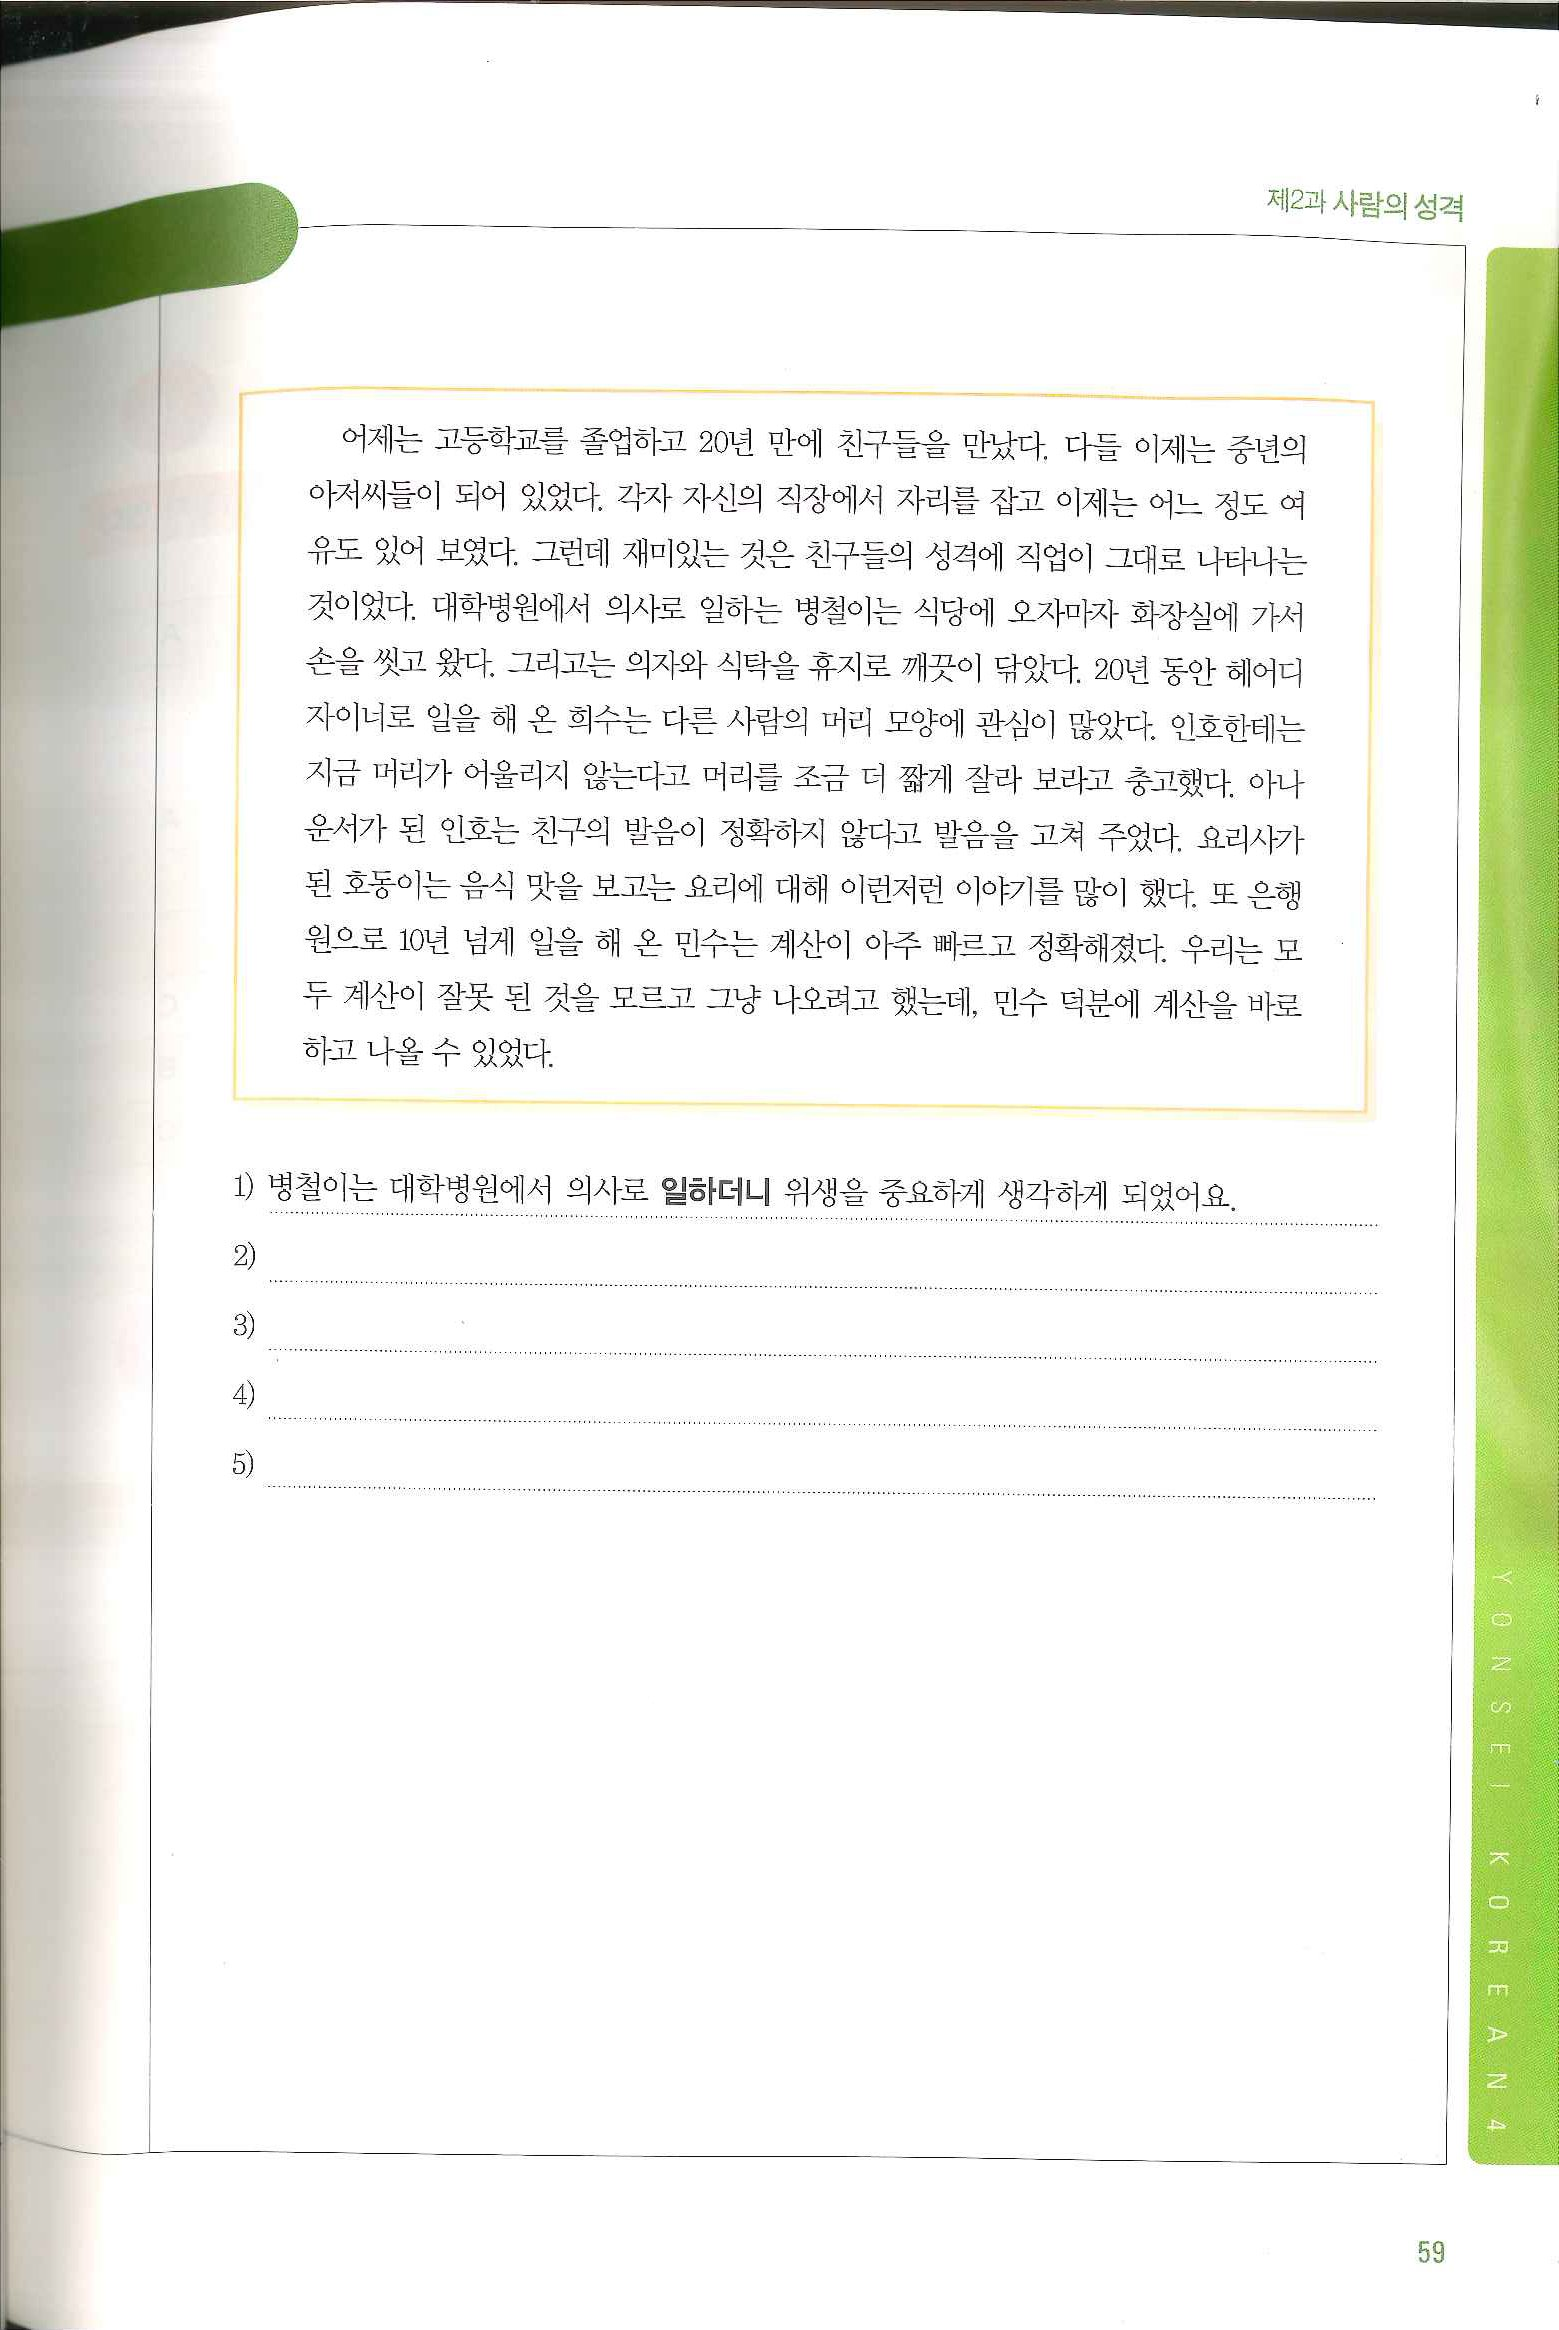
Language: ko